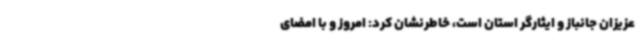
عزیزان جانباز و ایثارگر استان است، خاطرنشان کرد: امروز و با امضای